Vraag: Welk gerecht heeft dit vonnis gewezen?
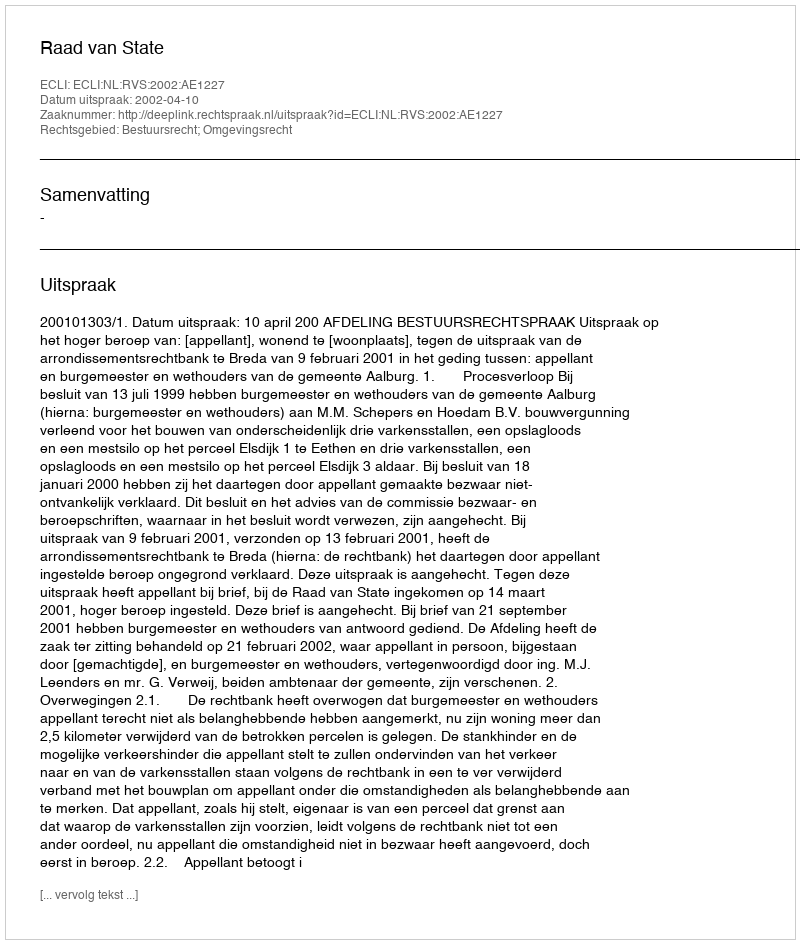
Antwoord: Raad van State